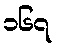
၁၆၇